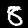
Label: 8